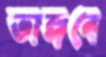
ভাঙ্গবে